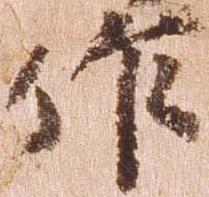
作